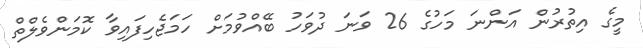
މީގެ އިތުރުން އަންނަ މަހުގެ 26 ވަނަ ދުވަހު ބޭއްވުމަށް ހަމަޖެހިފައިވާ ކޮމަންވެލްތް